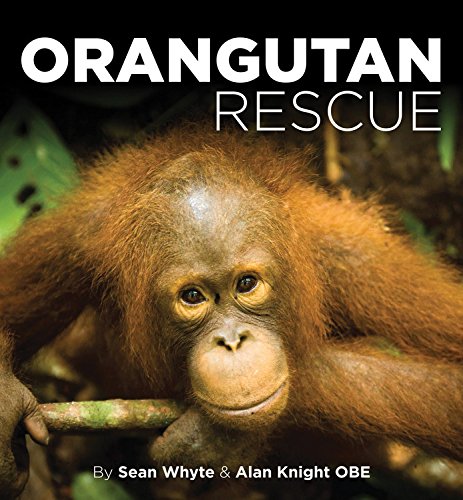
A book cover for Orangutan Rescue: Saving Borneo's Orangutans; Sean Whyte; Science & Math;